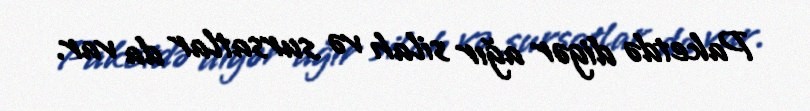
Paketdə digər ağır silah və sursatlar da var.